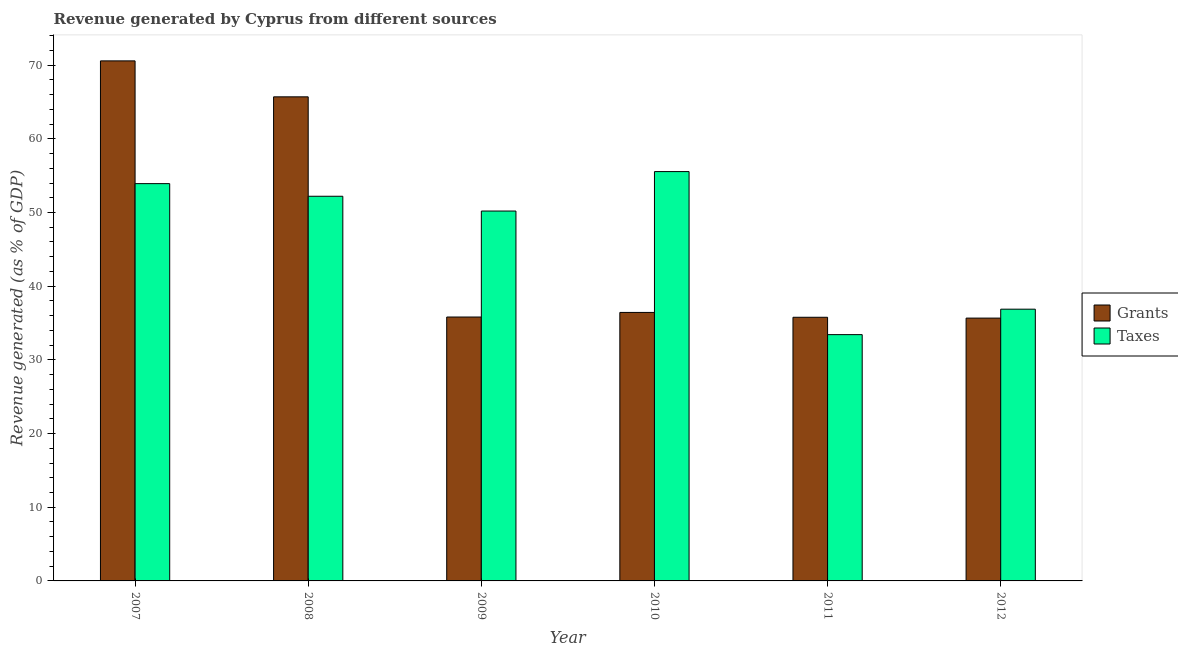
| Year | Grants | Taxes |
 | --- | --- | --- |
 | 2007 | 70.6 | 53.9 |
 | 2008 | 65.7 | 52.2 |
 | 2009 | 35.8 | 50.2 |
 | 2010 | 36.4 | 55.6 |
 | 2011 | 35.8 | 33.4 |
 | 2012 | 35.7 | 36.9 |